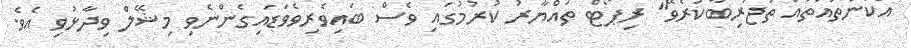
އެކަންތައްތައް ތަޖުރިބާކުރެވޭ" ރިޕޯޓް ތައްޔާރު ކުރުމުގައި ވެސް ބައިވެރިވެވަޑައިގެންނެވި މިޝޭލް ވިދާޅުވި އެވެ.